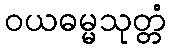
ဝယဓမ္မသုတ္တံ